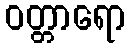
ဝတ္တာရော